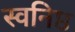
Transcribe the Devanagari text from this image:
स्वनिष्ठ